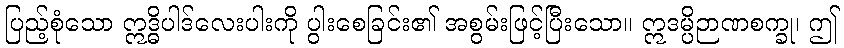
ပြည့်စုံသော ဣဒ္ဓိပါဒ်လေးပါးကို ပွါးစေခြင်း၏ အစွမ်းဖြင့်ပြီးသော။ ဣဒမ္ပိဉာဏစက္ခု၊ ဤ